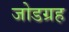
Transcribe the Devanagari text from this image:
जोडग्रह